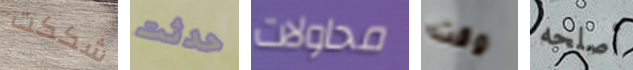
شككت حدثت محاولات وقت أصلحه